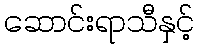
ဆောင်းရာသီနှင့်